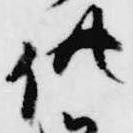
供